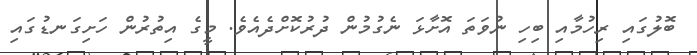
ބޮލުގައި ރިހުމާއި ބިހި ނުވަތަ އޮށާޅަ ނެގުމުން ދުރުކޮށްދެއެވެ. މީގެ އިތުރުން ހަށިގަނޑުގައި